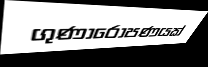
ගුණාරෝපණයක්